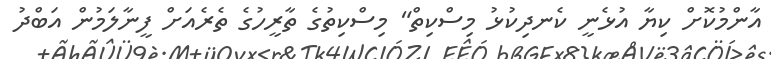
އާންމުކޮށް ކިޔާ އުޅެނީ ކެނދިކުޅު މިސްކިތް" މިސްކިތުގެ ތާރީހުގެ ތެރެއަށް ފީނާލަމުން އަބްދު